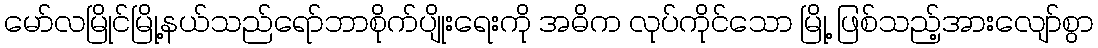
မော်လမြိုင်မြို့နယ်သည်ရော်ဘာစိုက်ပျိုးရေးကို အဓိက လုပ်ကိုင်သော မြို့ ဖြစ်သည့်အားလျော်စွာ